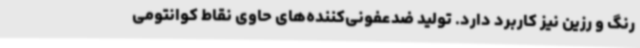
رنگ و رزین نیز کاربرد دارد. تولید ضدعفونی‌کننده‌های حاوی نقاط کوانتومی